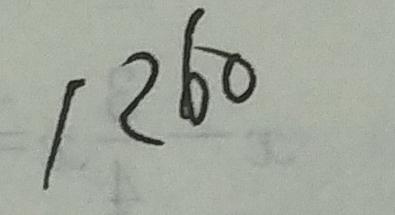
1 2 6 0